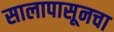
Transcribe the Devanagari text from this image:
सालापासूनचा